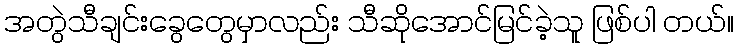
အတွဲသီချင်းခွေတွေမှာလည်း သီဆိုအောင်မြင်ခဲ့သူ ဖြစ်ပါ တယ်။